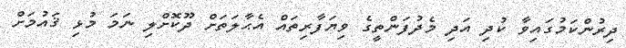
ދިރުންކަމުގައިވާ ކުދި އަދި މެދުފަންތީގެ ވިޔަފާރިތައް އެޙާލަތަށް ދޫކޮށްލި ނަމަ މުޅި ޤައުމަށް